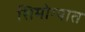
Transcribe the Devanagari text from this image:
शिमोग्यात